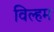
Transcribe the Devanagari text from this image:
विल्‍हम